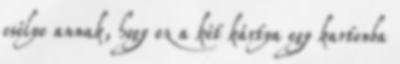
esélye annak, hogy ez a két kártya egy kartonba